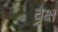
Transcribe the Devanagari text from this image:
व्रक्ष